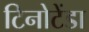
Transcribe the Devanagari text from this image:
टिनोटेंडा